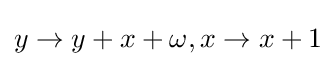
y\rightarrow y+x+\omega ,x\rightarrow x+1